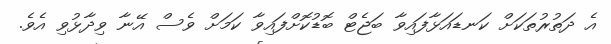
އެ ދަތުރުތަކަށް ކަނޑައަޅާފައިވާ ބަޖެޓް ބޮޑުކޮށްފައިވާ ކަމަށް ވެސް އޭނާ ވިދާޅުވި އެވެ.